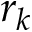
r _ { k }